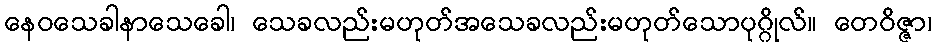
နေဝသေခါနာသေခေါ၊ သေခလည်းမဟုတ်အသေခလည်းမဟုတ်သောပုဂ္ဂိုလ်။ တေဝိဇ္ဇာ၊